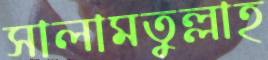
সালামতুল্লাহ